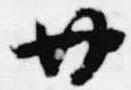
廿